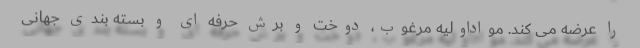
را عرضه می کند. مواداولیه مرغوب، دوخت و برش حرفه ای و بسته بندی جهانی